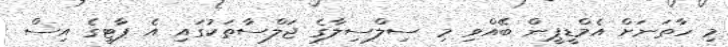
މި ހާތަނަށް އެމްޑީޕީން ބޭއްވި މި ސިލްސިލާގެ ޖަލްސާތަކުގައި އެ ޕާޓީގެ އިސް